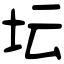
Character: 坛